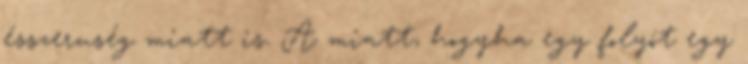
ésszeruség miatt is. A miatt, hogyha egy folyót egy